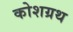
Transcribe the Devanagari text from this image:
कोशग्रथ